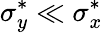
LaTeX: \sigma_{y}^{*}\ll\sigma_{x}^{*}